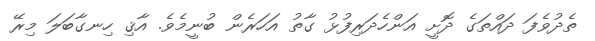
ތެދުވެފަ ދައްތަގެ ދޮށީ އަންހެދަރިފުޅު ގާތު އަހަރެން ބުނީމެވެ. އާޤި ހިނގާބަލަ މިރޭ